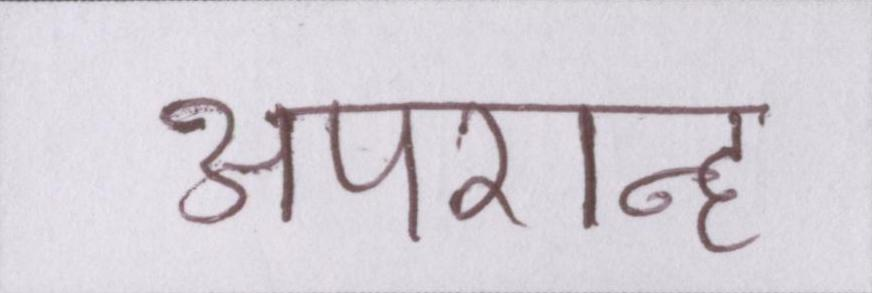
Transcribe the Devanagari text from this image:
अपरान्ह